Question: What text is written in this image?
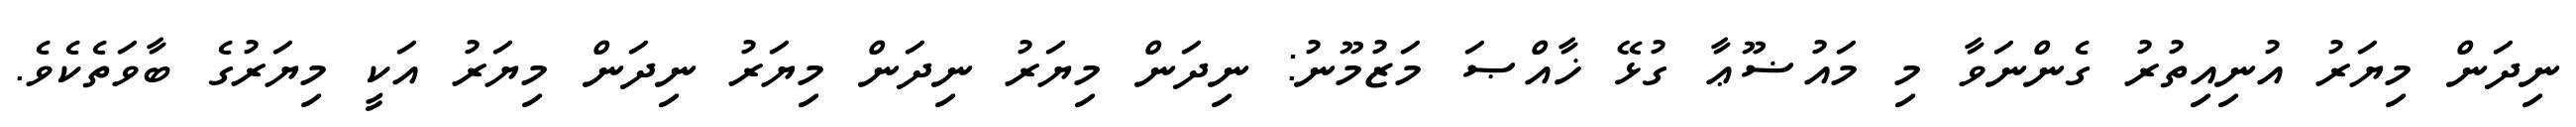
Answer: ނިދަން މިޔަރު އުނިއިތުރު ގެންނަވާ މި މައުޟޫޢާ ގުޅޭ ޚާއްޞަ މަޒުމޫނު: ނިދަން މިޔަރު ނިދަން މިޔަރު ނިދަން މިޔަރު އަކީ މިޔަރުގެ ބާވަތެކެވެ.